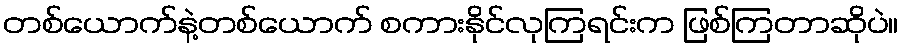
တစ်ယောက်နဲ့တစ်ယောက် စကားနိုင်လုကြရင်းက ဖြစ်ကြတာဆိုပဲ။